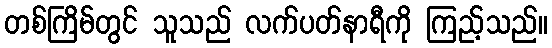
တစ်ကြိမ်တွင် သူသည် လက်ပတ်နာရီကို ကြည့်သည်။